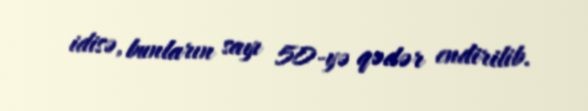
idisə, bunların sayı 50-yə qədər endirilib.